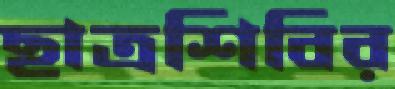
ছাত্রশিবির